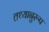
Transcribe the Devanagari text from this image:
तथ्यानुरूप